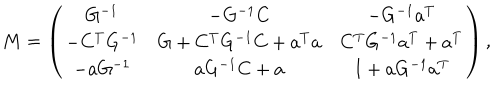
M = \left( \begin{matrix} { { G ^ { - 1 } } } & { { - G ^ { - 1 } C } } & { { - G ^ { - 1 } a ^ { T } } } \\ { { - C ^ { T } G ^ { - 1 } } } & { { G + C ^ { T } G ^ { - 1 } C + a ^ { T } a } } & { { C ^ { T } G ^ { - 1 } a ^ { T } + a ^ { T } } } \\ { { - a G ^ { - 1 } } } & { { a G ^ { - 1 } C + a } } & { { I + a G ^ { - 1 } a ^ { T } } } \\ \end{matrix} \right) ,